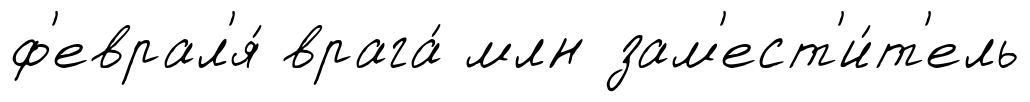
ф'еврал'я́ врага́ млн зам'ест'и́т'ель